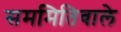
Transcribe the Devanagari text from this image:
सममितिवाले